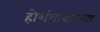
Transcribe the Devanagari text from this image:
होशंगाबादच्या